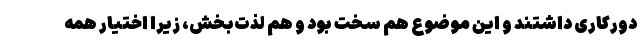
دورکاری داشتند و این موضوع هم سخت بود و هم لذت‌بخش، زیرا اختیار همه